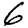
Digit: 6